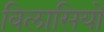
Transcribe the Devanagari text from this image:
विलासियों